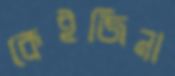
কেইজিনা